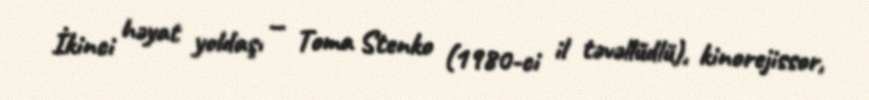
İkinci həyat yoldaşı — Toma Stenko (1980-ci il təvəllüdlü), kinorejissor,